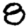
Digit: 8